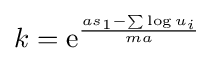
k=\mathrm {e} ^{\frac {as_{1}-\sum \log u_{i}}{ma}}